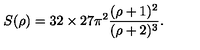
S ( \rho ) = 3 2 \times 2 7 \pi ^ { 2 } \frac { ( \rho + 1 ) ^ { 2 } } { ( \rho + 2 ) ^ { 3 } } .